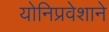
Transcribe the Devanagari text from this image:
योनिप्रवेशाने